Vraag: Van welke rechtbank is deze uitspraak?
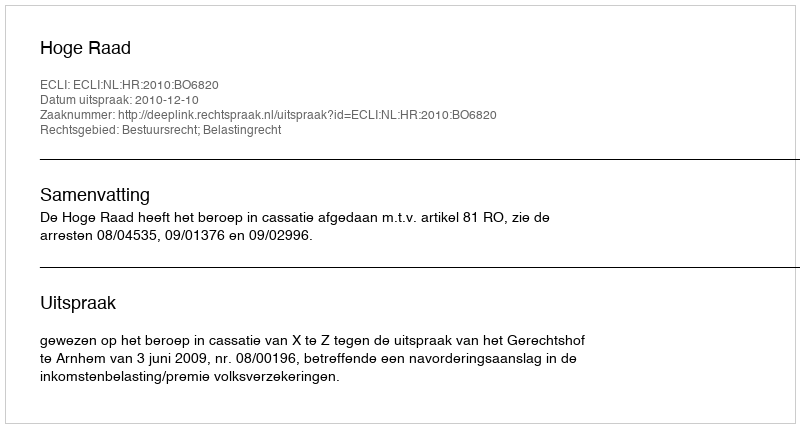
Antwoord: Hoge Raad